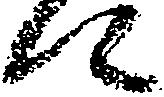
に